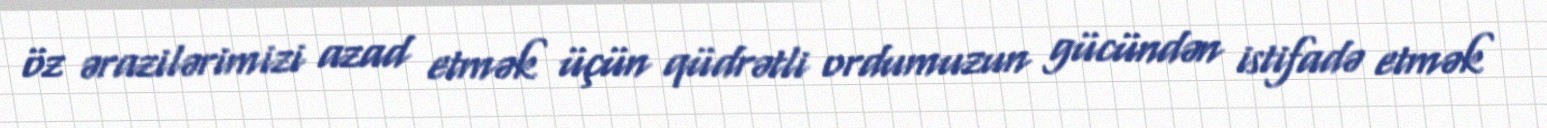
öz ərazilərimizi azad etmək üçün qüdrətli ordumuzun gücündən istifadə etmək